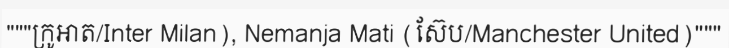
"""ក្រូអាត/Inter Milan), Nemanja Mati (ស៊ែប/Manchester United)"""